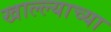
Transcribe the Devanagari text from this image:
खाल्ल्याच्या